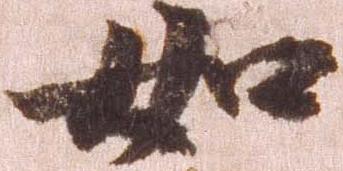
如